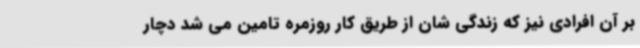
بر آن افرادی نیز که زندگی شان از طریق کار روزمره تامین می شد دچار